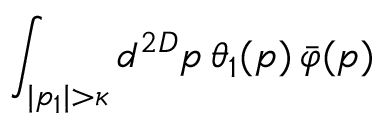
\int _ { | p _ { 1 } | > \kappa } d ^ { 2 D } p \, \theta _ { 1 } ( p ) \, \bar { \varphi } ( p )